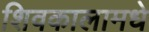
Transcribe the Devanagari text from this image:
शिवकालामधे